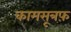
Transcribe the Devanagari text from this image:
कामसूत्रफ़